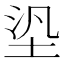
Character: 𡋋